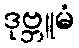
ဒုဗ္ဘူမံ